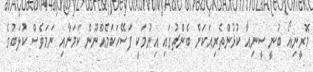
މޮރީނިއޯ ބުނީ ސީނިއާ ކުޅުންތެރިއަކަށް ބެންޗުގައި އިނުމަކީ ފަސޭހަކަމެއްނޫން ކަމަށާއި ނަމަވެސް ކުލަބުގެ